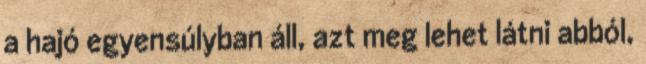
a hajó egyensúlyban áll, azt meg lehet látni abból,